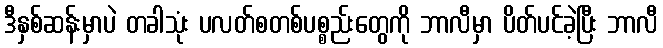
ဒီနှစ်ဆန်းမှာပဲ တခါသုံး ပလတ်စတစ်ပစ္စည်းတွေကို ဘာလီမှာ ပိတ်ပင်ခဲ့ပြီး ဘာလီ